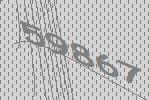
59867